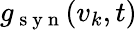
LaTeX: g_{\mathrm{~s~y~n~}}(v_{k},t)